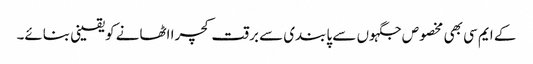
کے ایم سی بھی مخصوص جگہوں سے پابندی سے برقت کچرا اٹھانے کویقینی بنائے۔